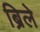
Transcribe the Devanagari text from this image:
ब्रिले